Annual report of the Civil Veterinary Department, Bengal, for the year 1898-99 - 1898-1899
Year: 1898
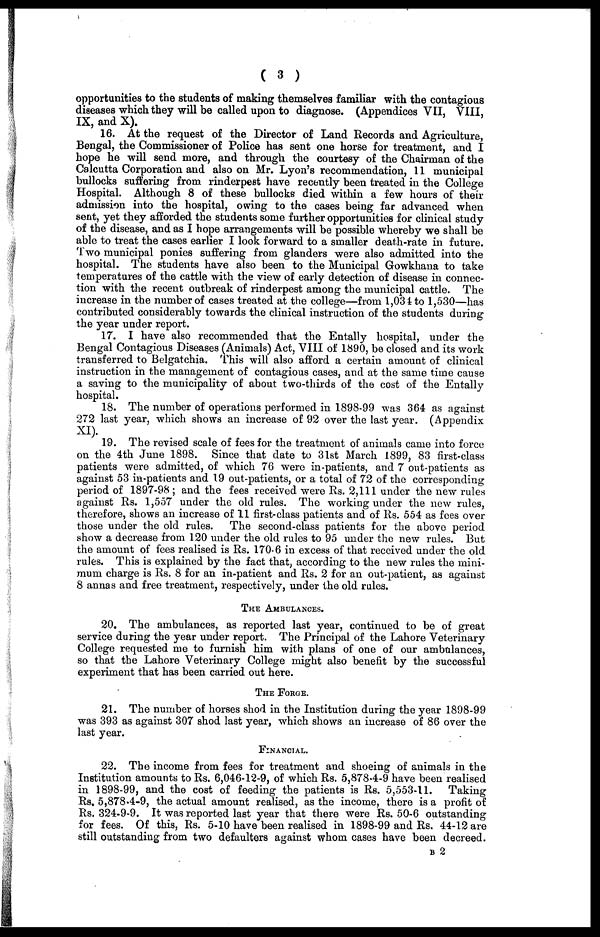
( 3 )
opportunities to the students of making themselves familiar with the contagious
diseases which they will be called upon to diagnose. (Appendices VII, VIII,
IX, and X).
16. At the request of the Director of Land Records and Agriculture,
Bengal, the Commissioner of Police has sent one horse for treatment, and I
hope he will send more, and through the courtesy of the Chairman of the
Calcutta Corporation and also on Mr. Lyon's recommendation, 11 municipal
bullocks suffering from rinderpest have recently been treated in the College
Hospital. Although 8 of these bullocks died within a few hours of their
admission into the hospital, owing to the cases being far advanced when
sent, yet they afforded the students some further opportunities for clinical study
of the disease, and as I hope arrangements will be possible whereby we shall be
able to treat the cases earlier I look forward to a smaller death-rate in future.
Two municipal ponies suffering from glanders were also admitted into the
hospital. The students have also been to the Municipal Gowkhana to take
temperatures of the cattle with the view of early detection of disease in connec-
tion with the recent outbreak of rinderpest among the municipal cattle. The
increase in the number of cases treated at the college—from 1,034 to 1,530—has
contributed considerably towards the clinical instruction of the students during
the year under report.
17. I have also recommended that the Entally hospital, under the
Bengal Contagious Diseases (Animals) Act, VIII of 1890, be closed and its work
transferred to Belgatchia. This will also afford a certain amount of clinical
instruction in the management of contagious cases, and at the same time cause
a saving to the municipality of about two-thirds of the cost of the Entally
hospital.
18. The number of operations performed in 1898-99 was 364 as against
272 last year, which shows an increase of 92 over the last year. (Appendix
XI).
19. The revised scale of fees for the treatment of animals came into force
on the 4th June 1898. Since that date to 31st March 1899, 83 first-class
patients were admitted, of which 76 were in-patients, and 7 out-patients as
against 53 in-patients and 19 out-patients, or a total of 72 of the corresponding
period of 1897-98 ; and the fees received were Rs. 2,111 under the new rules
against Rs. 1,557 under the old rules. The working under the new rules,
therefore, shows an increase of 11 first-class patients and of Rs. 554 as fees over
those under the old rules. The second-class patients for the above period
show a decrease from 120 under the old rules to 95 under the new rules. But
the amount of fees realised is Rs. 170.6 in excess of that received under the old
rules. This is explained by the fact that, according to the new rules the mini-
mum charge is Rs. 8 for an in-patient and Rs. 2 for an out-patient, as against
8 annas and free treatment, respectively, under the old rules.
THE AMBULANCES.
20. The ambulances, as reported last year, continued to be of great
service during the year under report. The Principal of the Lahore Veterinary
College requested me to furnish him with plans of one of our ambulances,
so that the Lahore Veterinary College might also benefit by the successful
experiment that has been carried out here.
THE FORGE.
21. The number of horses shod in the Institution during the year 1898-99
was 393 as against 307 shod last year, which shows an increase of 86 over the
last year.
FINANCIAL.
22. The income from fees for treatment and shoeing of animals in the
Institution amounts to Rs. 6,046-12-9, of which Rs. 5,878-4-9 have been realised
in 1898-99, and the cost of feeding the patients is Rs. 5,553-11. Taking
Rs. 5,878-4-9, the actual amount realised, as the income, there is a profit of
Rs. 324-9-9. It was reported last year that there were Rs. 50-6 outstanding
for fees. Of this, Rs. 5-10 have been realised in 1898-99 and Rs. 44-12 are
still outstanding from two defaulters against whom cases have been decreed.
B 2